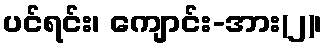
ပင်ရင်း၊ ကျောင်း-အား(၂)၊